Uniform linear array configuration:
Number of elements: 4
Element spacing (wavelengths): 1
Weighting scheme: binomial
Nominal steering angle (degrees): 0
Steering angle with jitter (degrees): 1.187
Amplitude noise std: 0.05
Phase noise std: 0.05

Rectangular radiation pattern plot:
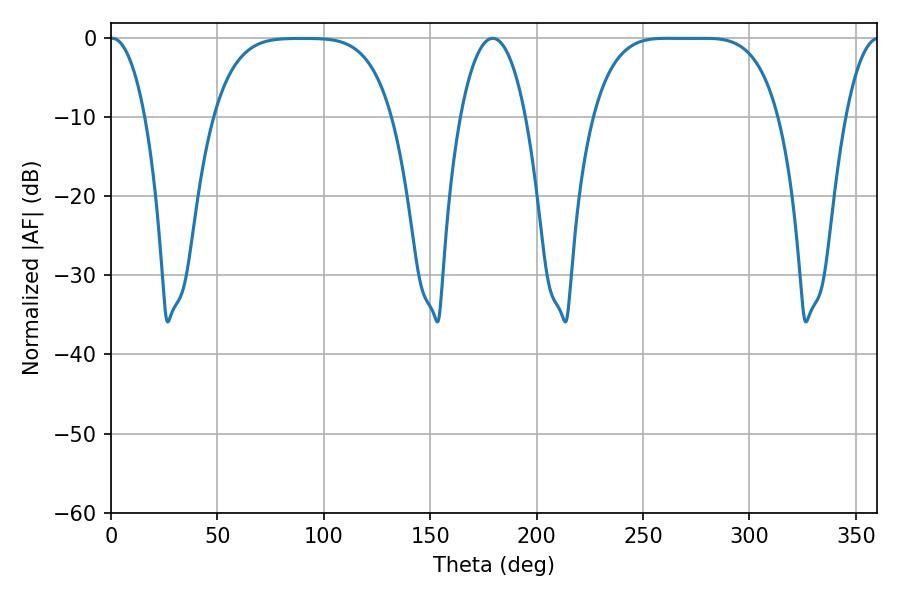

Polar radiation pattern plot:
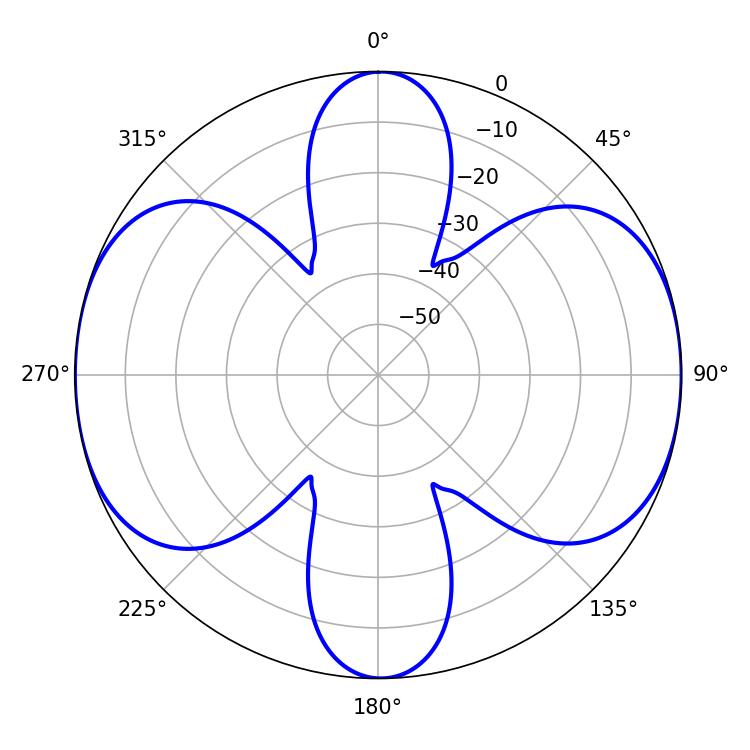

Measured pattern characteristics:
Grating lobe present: TRUE
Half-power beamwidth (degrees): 65.88
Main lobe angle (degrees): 261.54